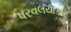
પરવલયાકાર